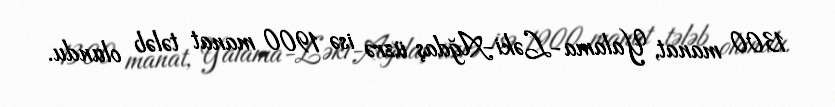
1300 manat, Yalama-Ləki-Ağdaş üzrə isə 1900 manat tələb olundu.